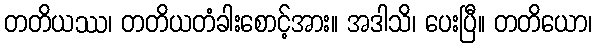
တတိယဿ၊ တတိယတံခါးစောင့်အား။ အဒါသိ၊ ပေးပြီ။ တတိယော၊